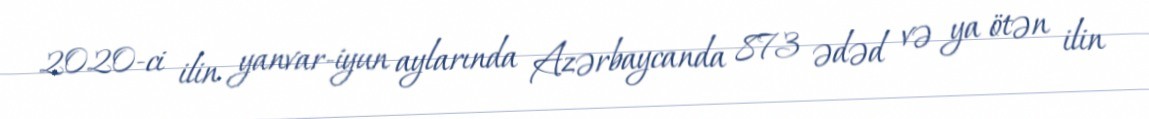
2020-ci ilin yanvar-iyun aylarında Azərbaycanda 873 ədəd və ya ötən ilin